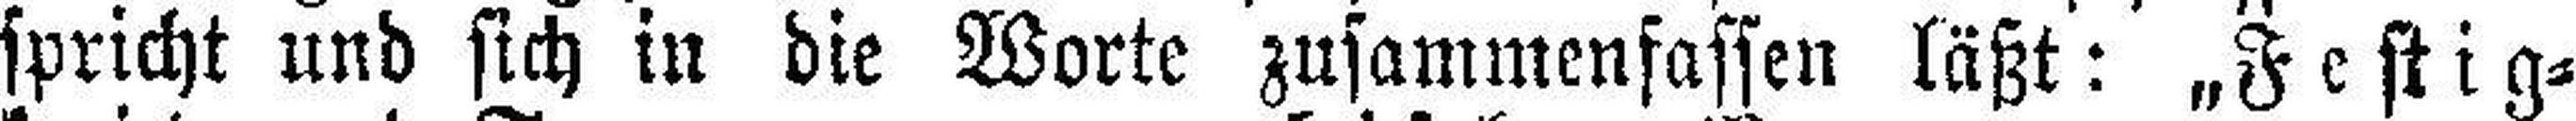
spricht und sich in die Worte zusammenfassen läßt: „Festig¬